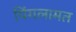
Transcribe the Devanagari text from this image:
पिंगलामत